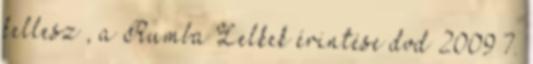
kellesz , a Rumba Lelkek érintése dvd 2009 7.